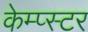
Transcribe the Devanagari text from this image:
केम्प्स्टर